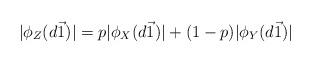
LaTeX: \begin{align*} |\phi_Z(d\vec{1})|=p|\phi_X(d\vec{1})|+(1-p)|\phi_Y(d\vec{1})|\end{align*}